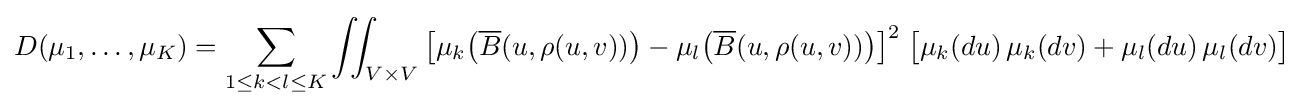
D(\mu _{1},\dots ,\mu _{K})=\sum _{1\leq k<l\leq K}\iint _{V\times V}{\bigl [}\mu _{k}{\bigl (}{\overline {B}}(u,\rho (u,v)){\bigr )}-\mu _{l}{\bigl (}{\overline {B}}(u,\rho (u,v)){\bigr )}{\bigr ]}^{2}\;{\bigl [}\mu _{k}(du)\,\mu _{k}(dv)+\mu _{l}(du)\,\mu _{l}(dv){\bigr ]}